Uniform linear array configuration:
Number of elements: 16
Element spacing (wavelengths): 0.5
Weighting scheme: blackman
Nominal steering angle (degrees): -15
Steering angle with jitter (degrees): -15.367
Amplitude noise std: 0.05
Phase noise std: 0.05

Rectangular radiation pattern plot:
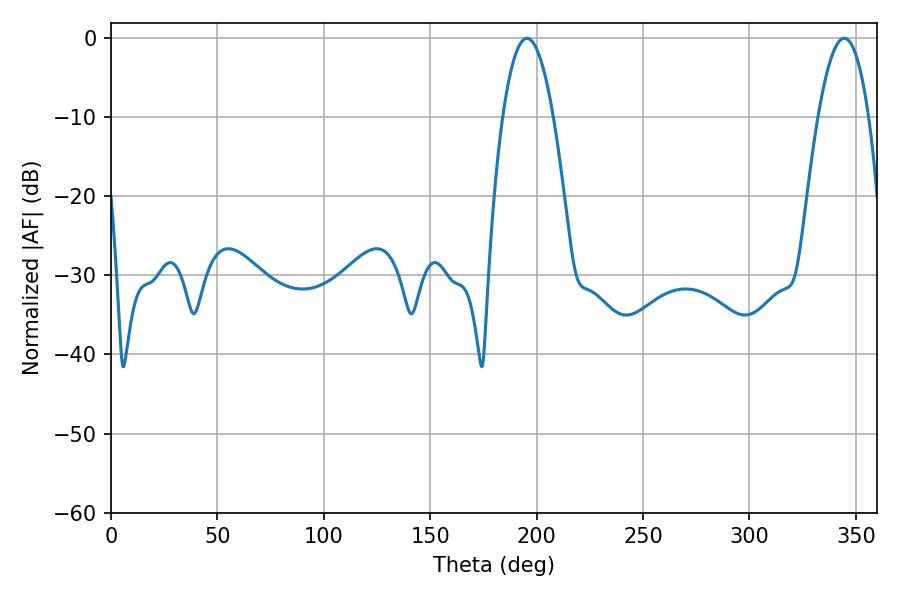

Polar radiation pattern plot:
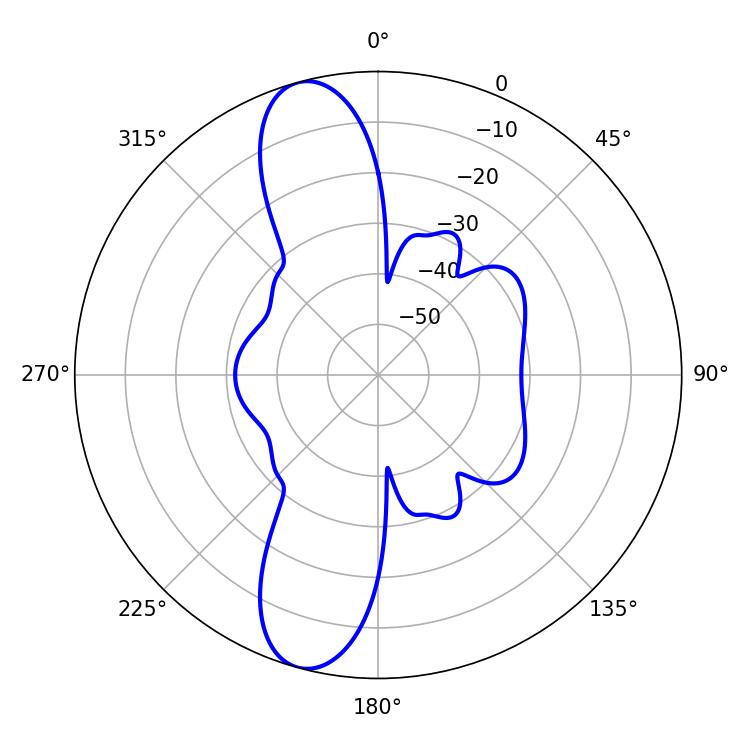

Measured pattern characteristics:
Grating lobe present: FALSE
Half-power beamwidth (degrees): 13.14
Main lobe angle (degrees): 195.48